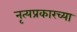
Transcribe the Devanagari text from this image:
नृत्यप्रकारच्या